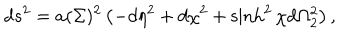
d s ^ { 2 } = a ( \Sigma ) ^ { 2 } \left( - d \eta ^ { 2 } + d \chi ^ { 2 } + \sinh ^ { 2 } \chi d \Omega _ { 2 } ^ { 2 } \right) ,